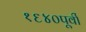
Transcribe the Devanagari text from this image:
१६४०पूर्वी